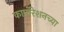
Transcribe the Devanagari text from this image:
कार्पोरेशनच्या